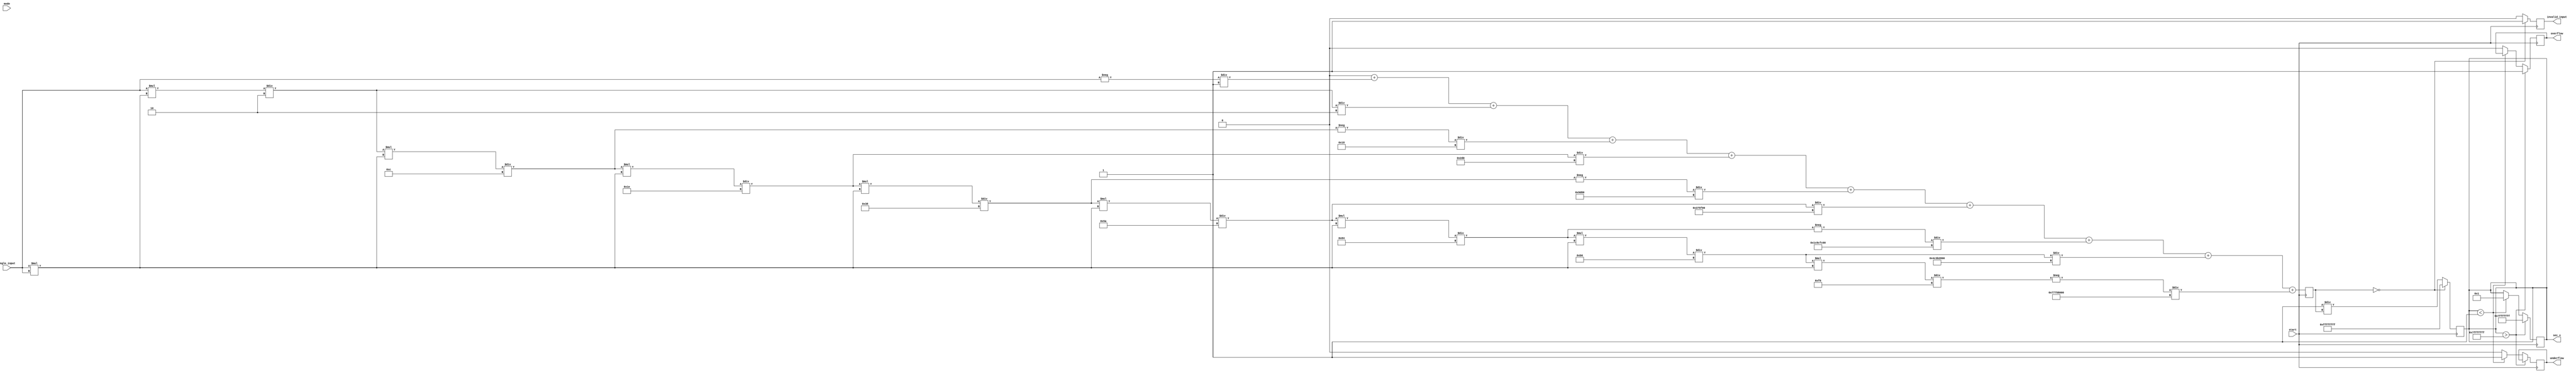
module secant_function (
    input wire [31:0] angle_input,  // Input angle in radians (fixed-point representation)
    input wire start,                // Control signal to start computation
    input wire mode,                 // Control signal for fixed-point (0) or floating-point (1)
    output reg [31:0] sec_x,         // Secant output
    output reg overflow,             // Overflow flag
    output reg underflow,            // Underflow flag
    output reg invalid_input         // Invalid input flag
);

    // Internal signals
    reg [31:0] cos_x;                // Cosine output
    reg [31:0] reciprocal;           // Reciprocal of cosine
    reg [31:0] taylor_cos;           // Taylor series approximation of cosine
    reg [4:0] i;                     // Loop index for Taylor series
    reg [31:0] angle_squared;        // Angle squared for Taylor series
    reg [31:0] factorial;            // Factorial for Taylor series
    reg [31:0] term;                 // Current term in Taylor series

    // Taylor series coefficients
    parameter PI = 32'h3F490FDB;    // Approximation of  (3.14159) in fixed-point
    parameter MAX_ITER = 10;         // Number of iterations for Taylor series

    // Cosine computation using Taylor series
    always @(posedge start) begin
        cos_x = 32'h0;               // Initialize cosine output
        angle_squared = angle_input * angle_input; // angle^2
        factorial = 32'h1;           // Initialize factorial
        taylor_cos = angle_input;    // First term is x

        for (i = 1; i < MAX_ITER; i = i + 1) begin
            term = (i % 2 == 0) ? taylor_cos : -taylor_cos; // Alternate signs
            cos_x = cos_x + term / factorial; // Add term to cosine
            factorial = factorial * (2*i) * (2*i - 1); // Update factorial for next term
            taylor_cos = taylor_cos * angle_squared / ((2*i) * (2*i - 1)); // Update term
        end
    end

    // Reciprocal calculation
    always @(posedge start) begin
        if (cos_x == 32'h0) begin
            invalid_input = 1;         // Set invalid input flag
            sec_x = 32'hFFFFFFFF;      // Indicate error in secant output
        end else begin
            invalid_input = 0;         // Clear invalid input flag
            reciprocal = 32'h1 / cos_x; // Calculate reciprocal
            sec_x = reciprocal;         // Set secant output
        end
    end

    // Overflow and underflow detection
    always @(posedge start) begin
        if (sec_x > 32'h7FFFFFFF) begin
            overflow = 1;             // Set overflow flag
            sec_x = 32'h7FFFFFFF;    // Saturate output
        end else if (sec_x < 32'h00000001) begin
            underflow = 1;            // Set underflow flag
            sec_x = 32'h00000001;     // Saturate output
        end else begin
            overflow = 0;             // Clear overflow flag
            underflow = 0;            // Clear underflow flag
        end
    end

endmodule